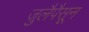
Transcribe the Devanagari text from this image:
जुलैपैसून